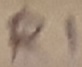
Text: R1